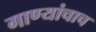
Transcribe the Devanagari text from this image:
गाण्यांचाच